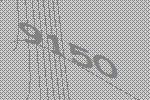
9150